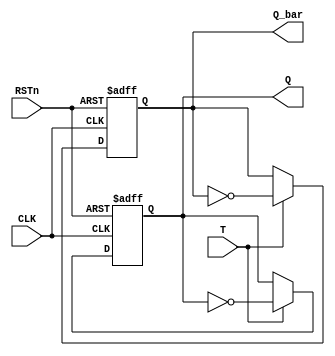
module T_FF (T, RSTn, CLK, Q, Q_bar);
	input  T, RSTn, CLK;
	output reg Q, Q_bar;

	always @(posedge CLK or negedge RSTn) begin

		if (~RSTn) begin
		 	Q <= 0;
			Q_bar <= 1;
		end
		else if (T)begin
			Q <= ~Q;
			Q_bar <= ~Q_bar;
		end
	end

endmodule